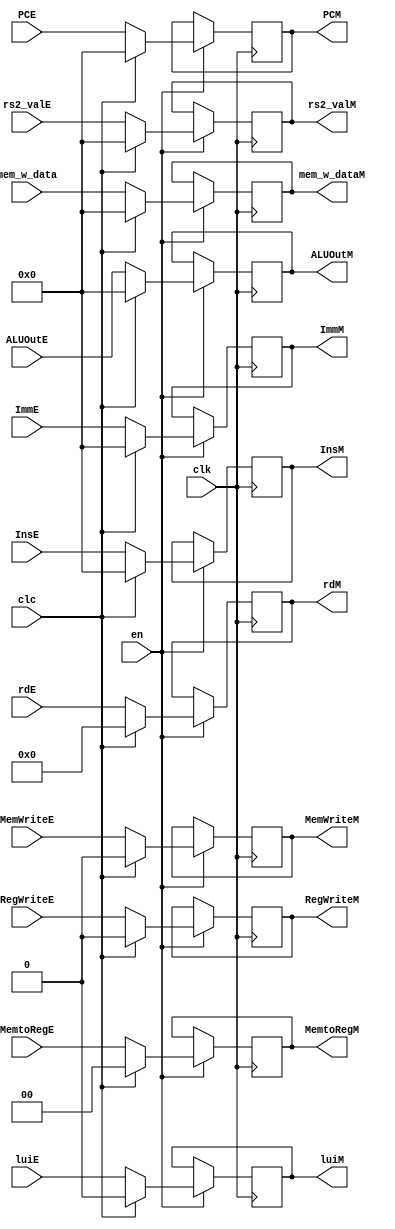
`timescale 1ns / 1ps
//////////////////////////////////////////////////////////////////////////////////
// Company: 
// Engineer: 
// 
// Design Name: 
// Module Name: MEM
// Project Name: 
// Target Devices: 
// Tool Versions: 
// Description: 
// 
// Dependencies: 
// 
// Revision:
// Revision 0.01 - File Created
// Additional Comments:
// 
//////////////////////////////////////////////////////////////////////////////////


module MEM(
    input clk,
    input en,
    input clc,
    //load     
    input [31:0] PCE,
    input [31:0] ALUOutE,
    input [31:0] ImmE,
    input [4:0] rdE,
    input RegWriteE,
    input MemWriteE,
    input [1:0] MemtoRegE,
    input [31:0] InsE,
    input luiE,
    input [31:0] rs2_valE,
    input [31:0] mem_w_data,
    
    output reg [31:0] PCM,
    output reg [31:0] ALUOutM,
    output reg [31:0] ImmM,
    output reg [4:0] rdM,
    output reg RegWriteM,
    output reg MemWriteM,
    output reg [1:0] MemtoRegM,
    output reg [31:0] InsM,
    output reg luiM,
    output reg [31:0] rs2_valM,
    output reg [31:0] mem_w_dataM
    );
    
    initial begin
        PCM       = 0;
        ALUOutM   = 0;
        ImmM      = 0;
        rdM       = 0;
        RegWriteM = 0;
        MemWriteM = 0;
        MemtoRegM = 0;
        luiM      = 0;
        InsM      = 0;
        rs2_valM  = 0;
        mem_w_dataM = 0;
    end
    
    always @(posedge clk) begin
        if(en) begin
            PCM       <= clc ? 0 : PCE;
            ALUOutM   <= clc ? 0 : ALUOutE;
            ImmM      <= clc ? 0 : ImmE;
            rdM       <= clc ? 0 : rdE;
            RegWriteM <= clc ? 0 : RegWriteE;
            MemWriteM <= clc ? 0 : MemWriteE;
            MemtoRegM <= clc ? 0 : MemtoRegE;  
            luiM      <= clc ? 0 : luiE;  
            InsM      <= clc ? 0 : InsE;  
            rs2_valM  <= clc ? 0 : rs2_valE;   
            mem_w_dataM <= clc ? 0 : mem_w_data;
        end
    
    end
endmodule